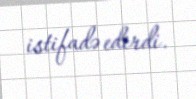
istifadə edirdi.